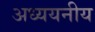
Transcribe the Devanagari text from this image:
अध्ययनीय